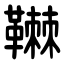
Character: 䪂